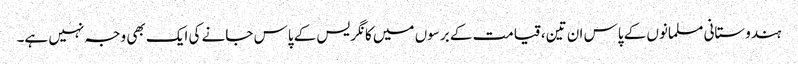
ہندوستانی مسلمانوں کے پاس ان تین، قیامت کے برسوں میں کانگریس کے پاس جانے کی ایک بھی وجہ نہیں ہے۔